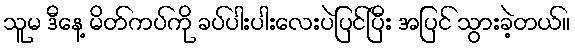
သူမ ဒီနေ့ မိတ်ကပ်ကို ခပ်ပါးပါးလေးပဲပြင်ပြီး အပြင် သွားခဲ့တယ်။